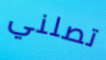
تصلني